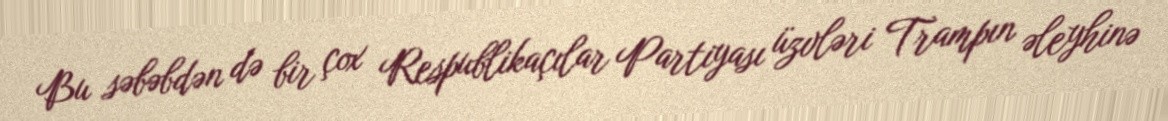
Bu səbəbdən də bir çox Respublikaçılar Partiyası üzvləri Trampın əleyhinə